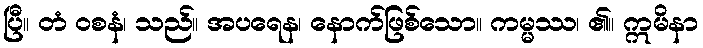
ပြီ။ တံ ဝစနံ၊ သည်။ အပရေန၊ နောက်ဖြစ်သော။ ကမ္မဿ၊ ၏။ ဣမိနာ